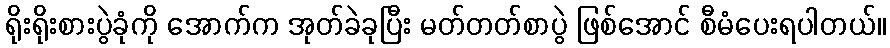
ရိုးရိုးစားပွဲခုံကို အောက်က အုတ်ခဲခုပြီး မတ်တတ်စာပွဲ ဖြစ်အောင် စီမံပေးရပါတယ်။